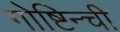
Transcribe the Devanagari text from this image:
गोष्टिन्ची